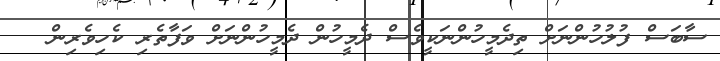
ސާބަސް ފުލުހުންނަށް ތިދެމީހުންނަކީވެސް ދެމީހުން ދެމީހުންނަށް ވަފާތެރި ކެހިވެރިން